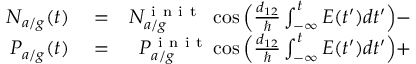
\begin{array} { r l r } { N _ { a / g } ( t ) } & { { } = } & { N _ { a / g } ^ { \mathrm { ~ i ~ n ~ i ~ t ~ } } \ \cos \Big ( \frac { d _ { 1 2 } } { \hbar } \int _ { - \infty } ^ { t } E ( t ^ { \prime } ) d t ^ { \prime } \Big ) - } \\ { P _ { a / g } ( t ) } & { { } = } & { P _ { a / g } ^ { \mathrm { ~ i ~ n ~ i ~ t ~ } } \cos \Big ( \frac { d _ { 1 2 } } { \hbar } \int _ { - \infty } ^ { t } E ( t ^ { \prime } ) d t ^ { \prime } \Big ) + } \end{array}